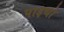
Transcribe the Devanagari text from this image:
पाइथो